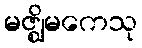
မဇ္ဈိမကေသု